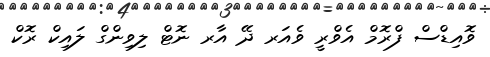
ވޮއިޑްސް ފްރޮމް އެވްރީ ވެއަރ ދޭ އާރ ނޮޓް ލިވިންގް ލައިކް ރޮކް